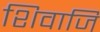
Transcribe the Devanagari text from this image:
शिवाजि